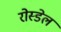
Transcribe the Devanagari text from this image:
रोस्डेल